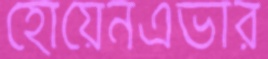
হোয়েনএভার